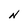
Character: N